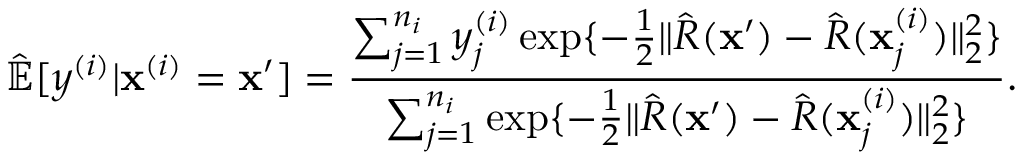
\hat { \mathbb { E } } [ y ^ { ( i ) } \vert \mathbf { x } ^ { ( i ) } = \mathbf { x } ^ { \prime } ] = \frac { \sum _ { j = 1 } ^ { n _ { i } } y _ { j } ^ { ( i ) } \exp \{ - \frac { 1 } { 2 } \| \hat { R } ( \mathbf { x } ^ { \prime } ) - \hat { R } ( \mathbf { x } _ { j } ^ { ( i ) } ) \| _ { 2 } ^ { 2 } \} } { \sum _ { j = 1 } ^ { n _ { i } } \exp \{ - \frac { 1 } { 2 } \| \hat { R } ( \mathbf { x } ^ { \prime } ) - \hat { R } ( \mathbf { x } _ { j } ^ { ( i ) } ) \| _ { 2 } ^ { 2 } \} } .